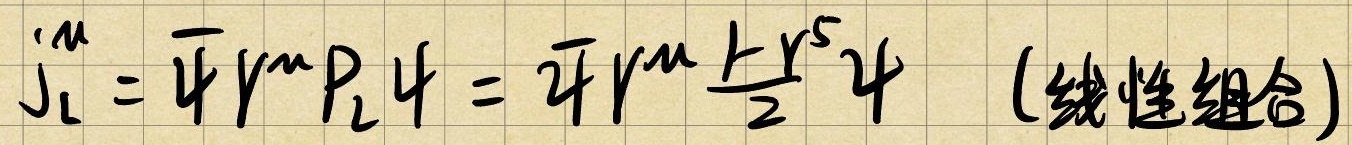
\(j_{\text{L}}^{\mu}=\bar{\psi}\gamma^{\mu}P_{\text{L}}\psi=\bar{\psi}\gamma^{\mu}\frac{1 - \gamma^{5}}{2}\psi\) （线性组合）